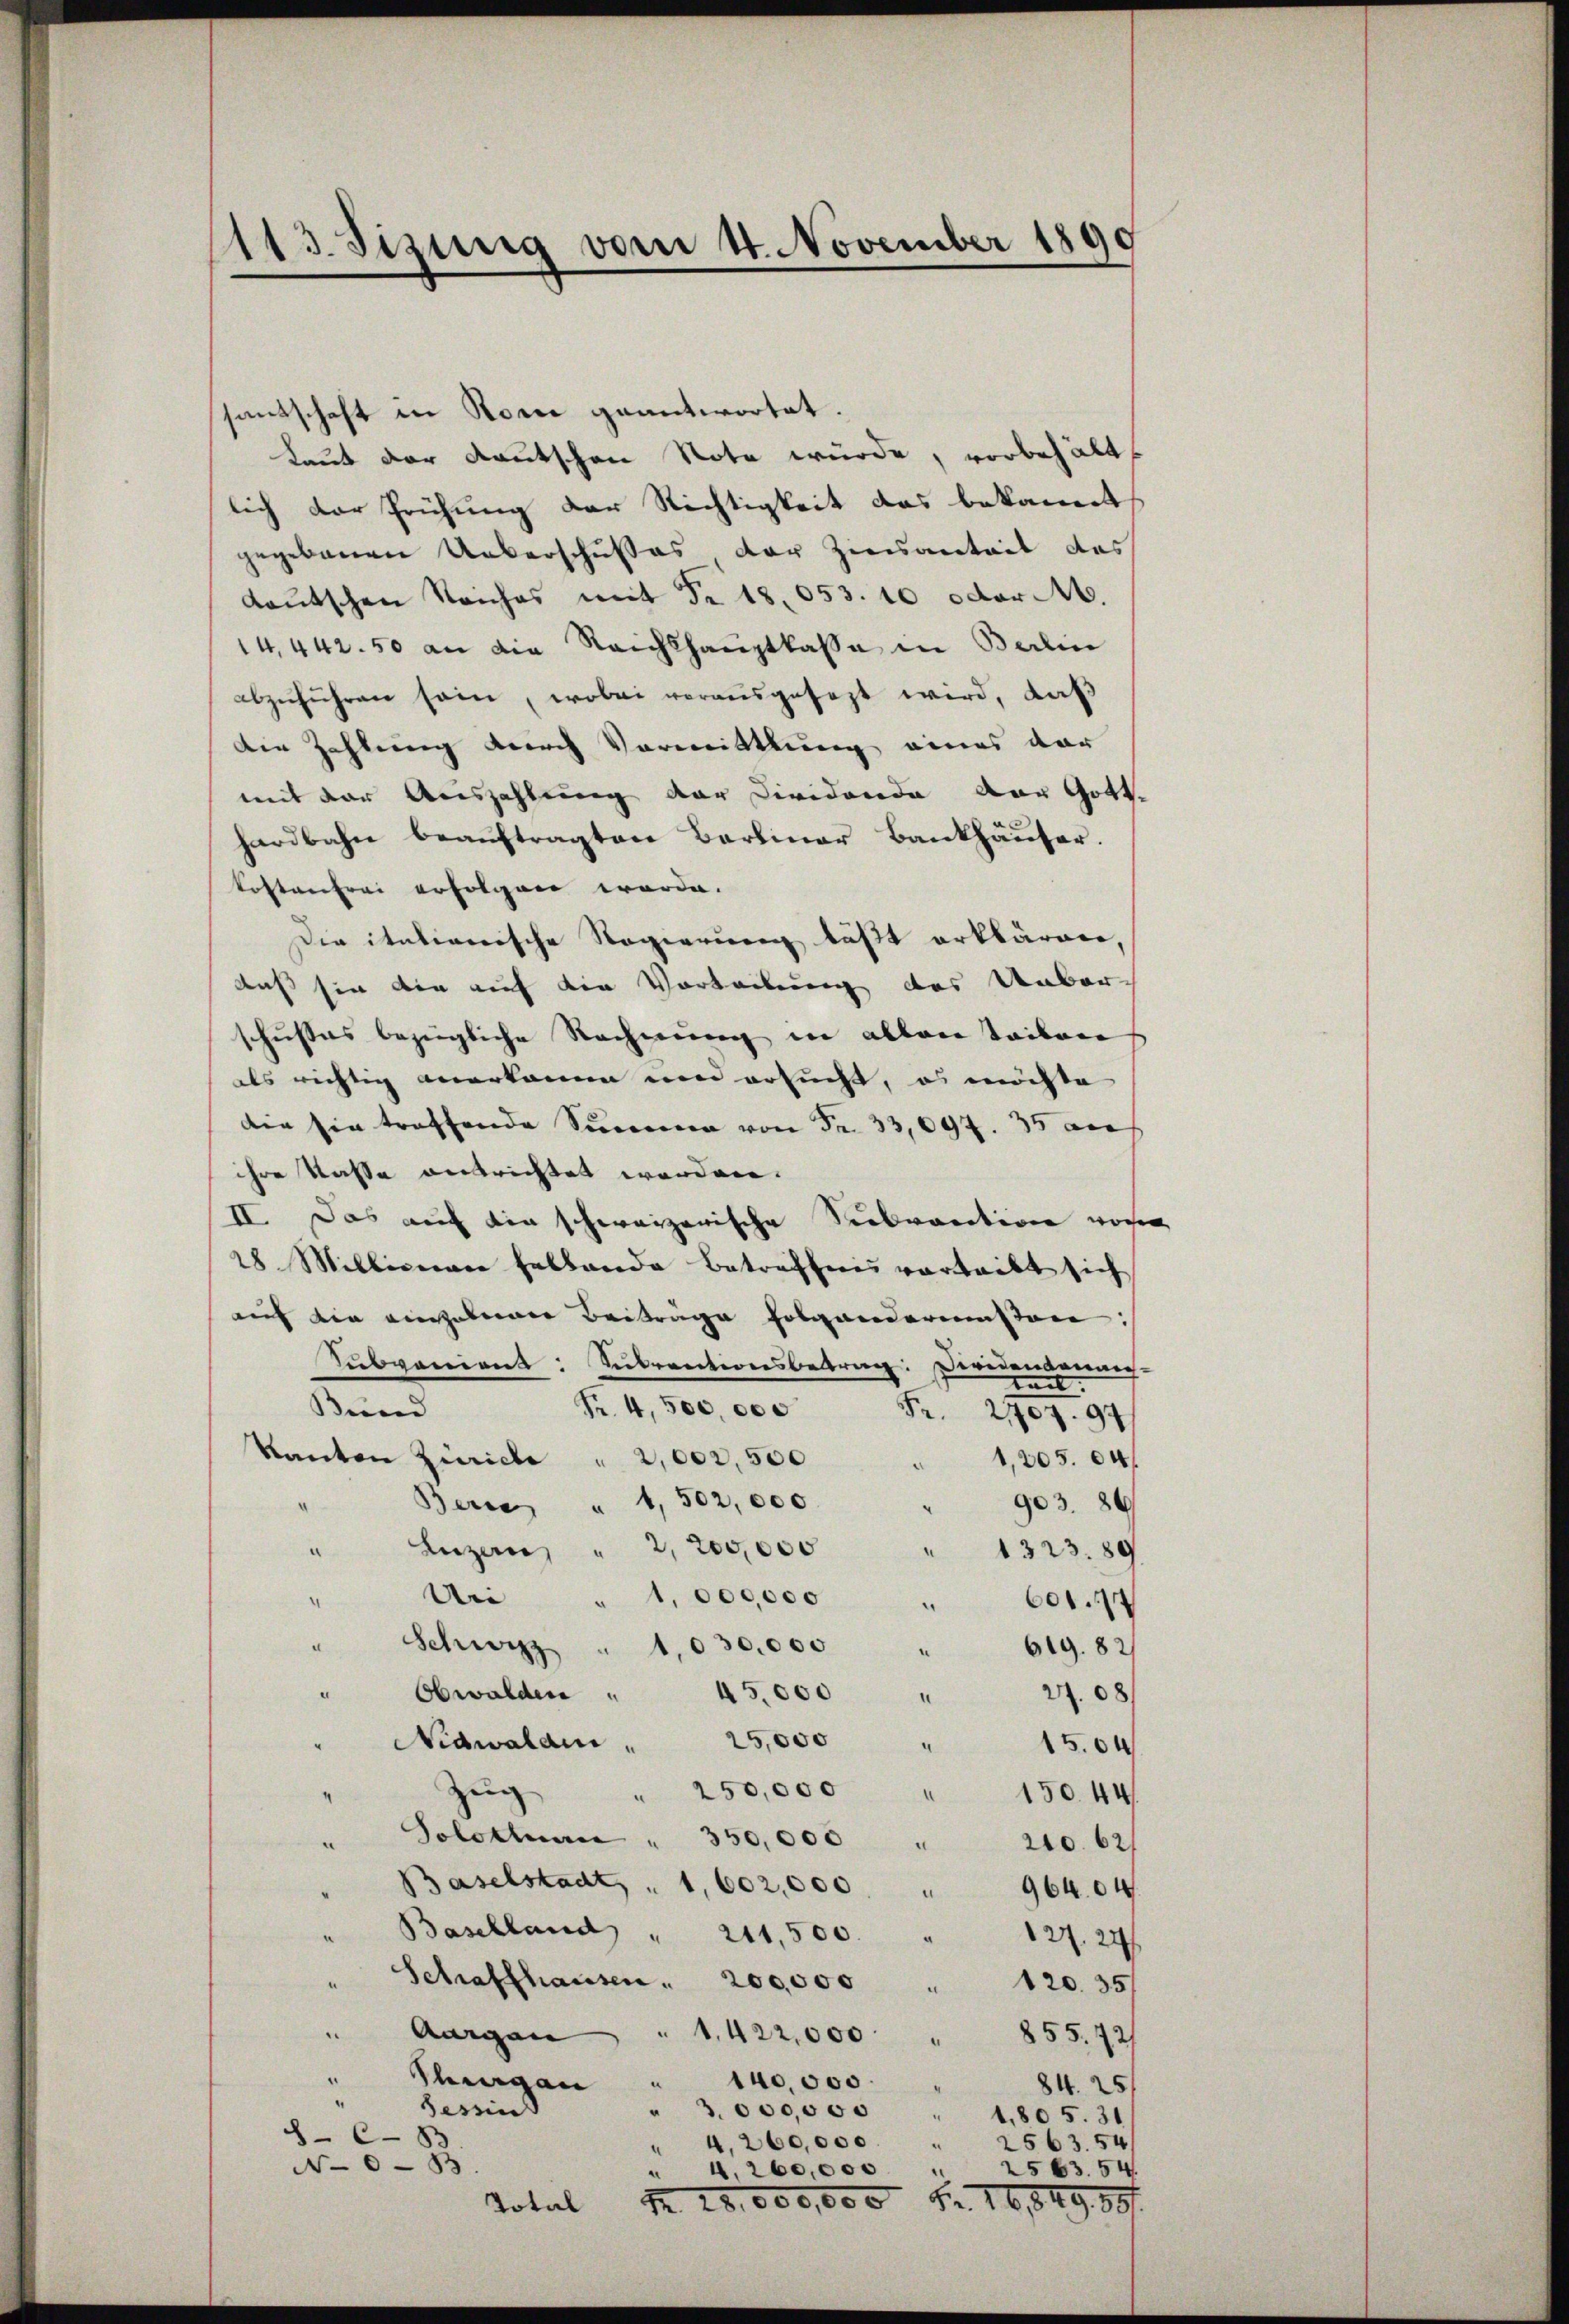
113 Sizung vom 4 November 1890

santschaft in Store geantwortet.
Laut der Kautschen Note würde, vorbehält
lich der Prühung der Nichtigkeit das bekannt
gegebenen Ueberschußes der Zinsentait des
daŭtschen Reiches mit Nr. 18,053. 10 oder M.
14,442. 50 an die Reichshauptlasse in Berlin
abzŭführen sein, wobei vorausgesezt wird, daß
Die Zahlung durch Vormittlung eines dar
mit der Auszahlung der Cividonda vor Gott.
hardbahn beauftragten Barliner Bankhäuser.
kostenfrei erfolgen worde.
Die italionische Regierung läßt erklären,
daß sie die auf die Vorteilung des Unberschusses bezügliche Rechnung in allen Teilen
als richtig anerkanne um ersucht, es möchte
die sie treffende Summe von Fr. 33,097. 35 an
ihre Kasse ausrichtet worden.
II. Das auch die schweizerische Subvention vorig
28 Millionen hellande Betreffnis verleibt sich
auf der einzuleiner Beitrage folgendermassen:
Sŭbveniant: Subventionsbetrag: Deredentenang-
Nr. 4,500,000
Bund
Fr. 2907. 94
Kanton Zürich " 2,002,500
1,205. 64
Berne " 1,502,000
903. 86
¬
Luzern, " 2, 200,000
1323. 89
Uri
1,000,000
" 601. 14
Schwyz " 1030,000
619. 82
Obwalden " 45,000
27.08
“
Nidwaldn " 25,000
.
1504
Zug
" 250,000
d
150. 44.
Solothurn " 350,000 "
210. 621
Baselstadt, " 1,602,000
96404
Baselland " 211,500. "
127. 24
Schaffhausen . 200,000
120. 35/
.
Aurgau
1,422,000
 855, 42/
Thurgau
140,000.
e
84. 25.
seszins
" 3000,000 " 1805. 31
4, 260,000 " 2563. 54
“
d
N0.
4, 260,000
25 63. 54.
M. 18. 600,000 Fr. 16,849. 891
Total